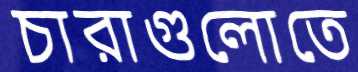
চারাগুলোতে